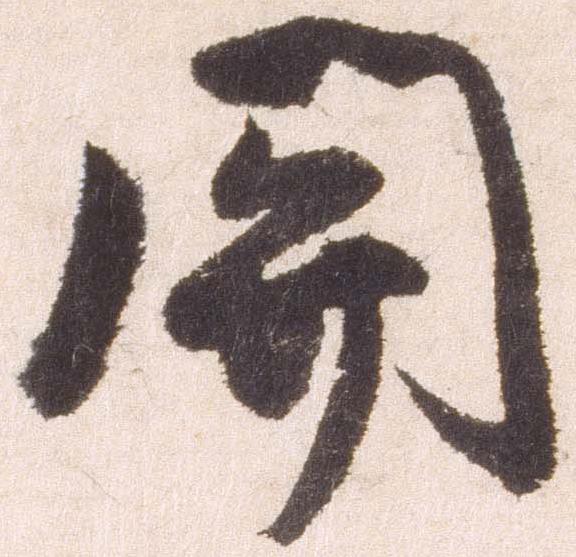
開